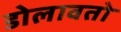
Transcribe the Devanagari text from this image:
डोलावतो